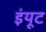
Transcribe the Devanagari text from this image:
इंयूट